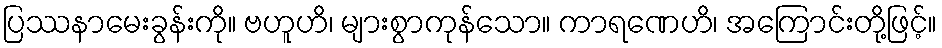
ပြဿနာမေးခွန်းကို။ ဗဟူဟိ၊ များစွာကုန်သော။ ကာရဏေဟိ၊ အကြောင်းတို့ဖြင့်။